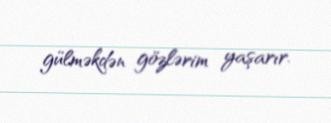
gülməkdən gözlərim yaşarır.